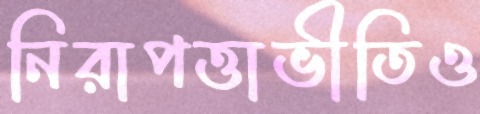
নিরাপত্তাভীতিও